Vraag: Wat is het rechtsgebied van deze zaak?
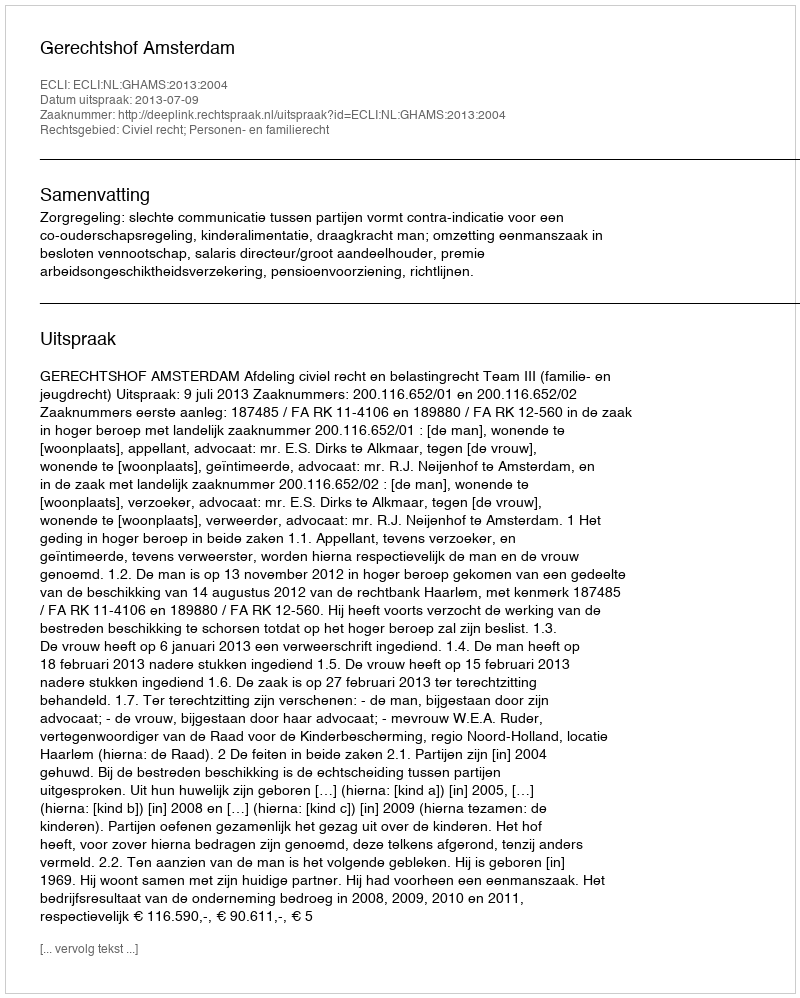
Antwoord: Civiel recht; Personen- en familierecht